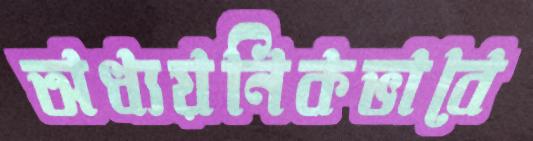
অধ্যয়নিকভাবে